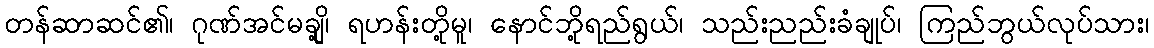
တန်ဆာဆင်၏၊ ဂုဏ်အင်မချို့၊ ရဟန်းတို့မူ၊ နောင်ဘို့ရည်ရွယ်၊ သည်းညည်းခံချုပ်၊ ကြည်ဘွယ်လုပ်သား၊